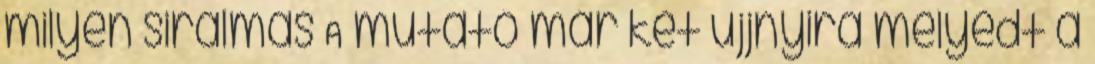
milyen siralmas A mutató már két ujjnyira mélyedt a